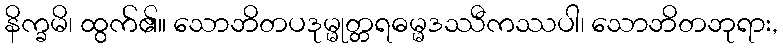
နိက္ခမိ၊ ထွက်၏။ သောဘိတပဒုမ္မုတ္တရဓမ္မဒဿီကဿပါ၊ သောဘိတဘုရား,